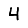
Digit: 4